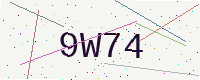
Text: 9W74